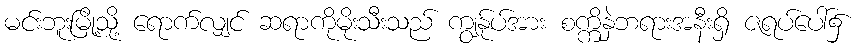
မင်းဘူးမြို့သို့ ရောက်လျှင် ဆရာကိုမိုးသီးသည် ကျွန်ုပ်အား စက္ကိနှဲဘရားအနီးရှိ ဇရပ်ပေါ်၌